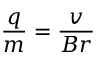
{ \frac { q } { m } } = { \frac { v } { B r } }